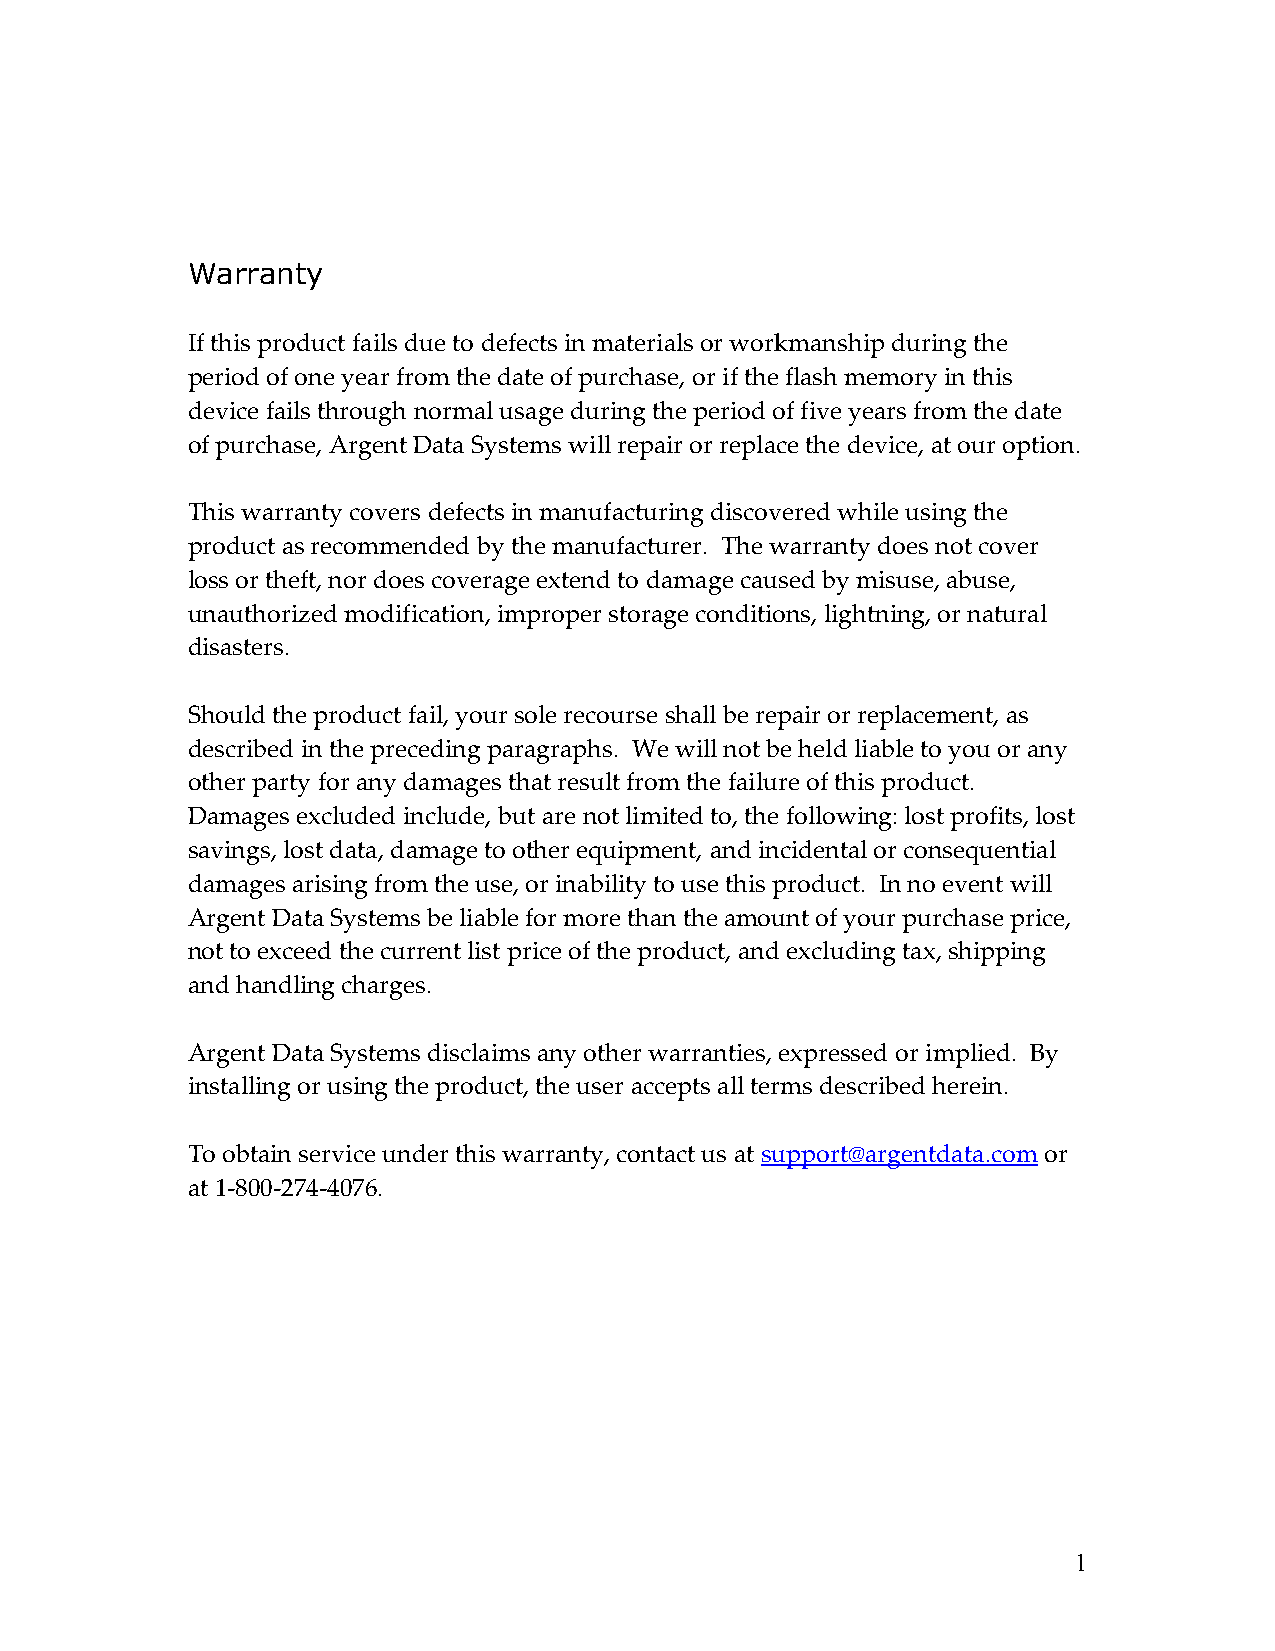
Warranty
 If this product fails due to defects in materials or workmanship during the
 period of one year from the date of purchase, or if the flash memory in this
 device fails through normal usage during the period of five years from the date
 of purchase, Argent Data Systems will repair or replace the device, at our option.
 This warranty covers defects in manufacturing discovered while using the
 product as recommended by the manufacturer. The warranty does not cover
 loss or theft, nor does coverage extend to damage caused by misuse, abuse,
 unauthorized modification, improper storage conditions, lightning, or natural
 disasters.
 Should the product fail, your sole recourse shall be repair or replacement, as
 described in the preceding paragraphs. We will not be held liable to you or any
 other party for any damages that result from the failure of this product.
 Damages excluded include, but are not limited to, the following: lost profits, lost
 savings, lost data, damage to other equipment, and incidental or consequential
 damages arising from the use, or inability to use this product. In no event will
 Argent Data Systems be liable for more than the amount of your purchase price,
 not to exceed the current list price of the product, and excluding tax, shipping
 and handling charges.
 Argent Data Systems disclaims any other warranties, expressed or implied. By
 installing or using the product, the user accepts all terms described herein.
 To obtain service under this warranty, contact us at support@argentdata.com or
 at 1-800-274-4076.
 1